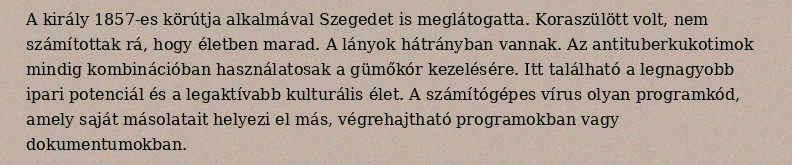
A király 1857-es körútja alkalmával Szegedet is meglátogatta. Koraszülött volt, nem számítottak rá, hogy életben marad. A lányok hátrányban vannak. Az antituberkukotimok mindig kombinációban használatosak a gümőkór kezelésére. Itt található a legnagyobb ipari potenciál és a legaktívabb kulturális élet. A számítógépes vírus olyan programkód, amely saját másolatait helyezi el más, végrehajtható programokban vagy dokumentumokban.